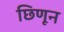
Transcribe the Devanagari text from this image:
छिणून